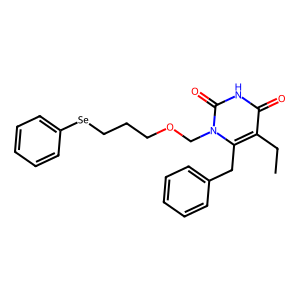
SMILES: CCc1c(Cc2ccccc2)n(COCCC[Se]c2ccccc2)c(=O)[nH]c1=O
Inhibits HIV replication: Yes